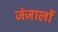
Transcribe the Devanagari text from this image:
जंजालों